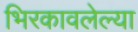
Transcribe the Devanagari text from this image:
भिरकावलेल्या